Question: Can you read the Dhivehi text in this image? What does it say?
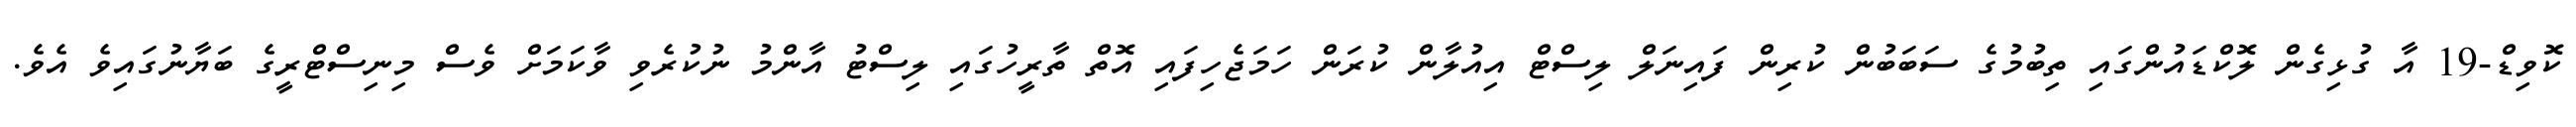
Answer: ކޮވިޑް-19 އާ ގުޅިގެން ލޮކްޑައުންގައި ތިބުމުގެ ސަބަބުން ކުރިން ފައިނަލް ލިސްޓް އިއުލާން ކުރަން ހަމަޖެހިފައި އޮތް ތާރީހުގައި ލިސްޓު އާންމު ނުކުރެވި ވާކަމަށް ވެސް މިނިސްޓްރީގެ ބަޔާނުގައިވެ އެވެ.